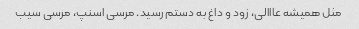
مثل همیشه عااالی، زود و داغ به دستم رسید. مرسی اسنپ، مرسی سیب